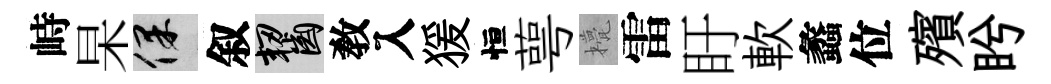
峙杲保叙齧敎入猨恒萼甍雷盱軟蠡位殯盻